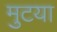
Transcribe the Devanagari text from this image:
मुटया